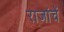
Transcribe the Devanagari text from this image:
राजांचें